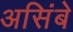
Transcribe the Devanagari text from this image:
असिंबे